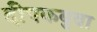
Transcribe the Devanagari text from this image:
दीपकबुवा